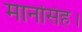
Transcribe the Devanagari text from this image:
मानसिंह।